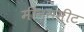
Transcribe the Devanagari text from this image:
मीन्समीट